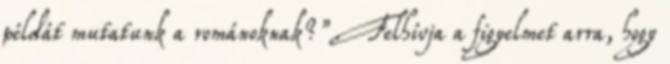
példát mutatunk a románoknak?”. Felhívja a figyelmet arra, hogy